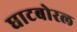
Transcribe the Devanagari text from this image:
घाटबोरल